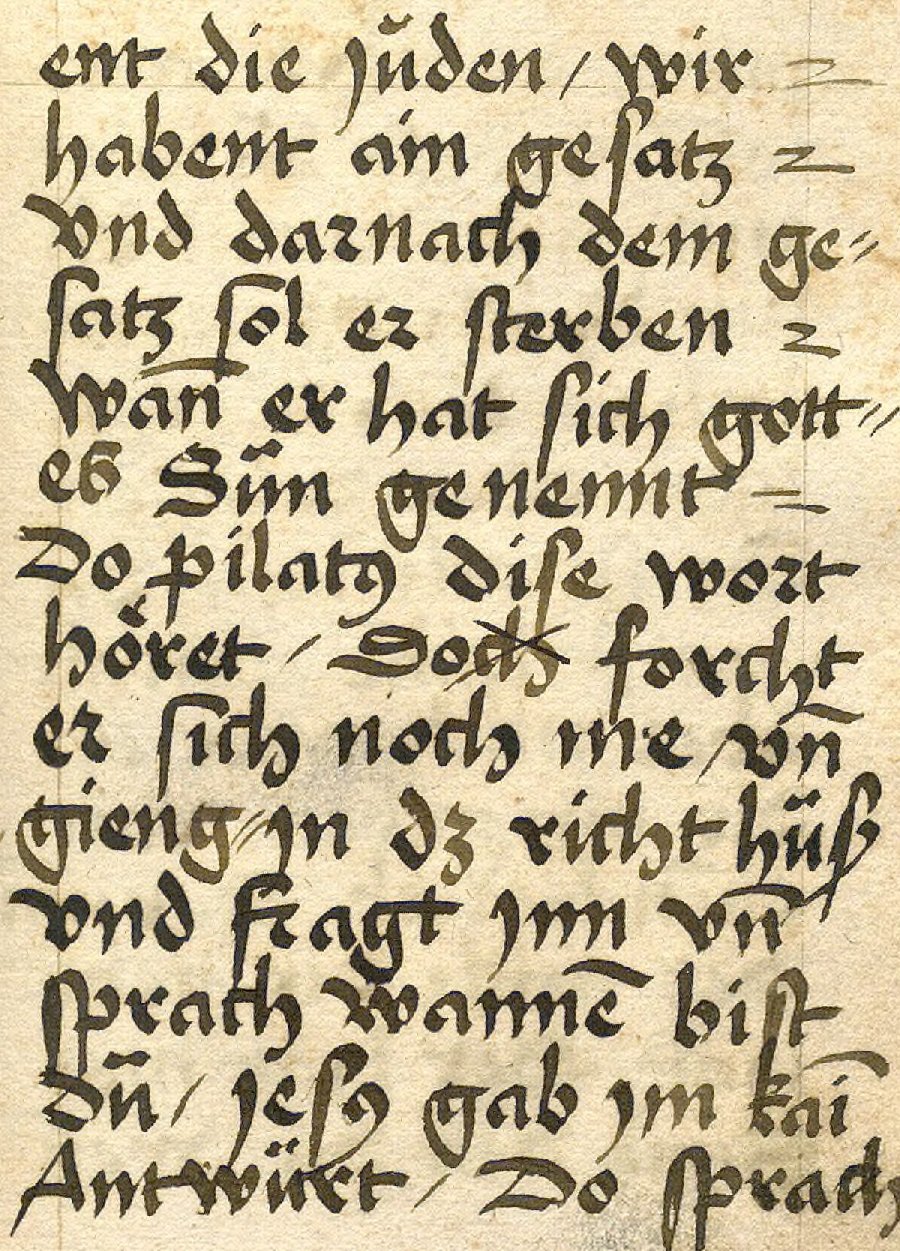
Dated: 1533–1565